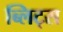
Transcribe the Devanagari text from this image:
ब्लिट्स